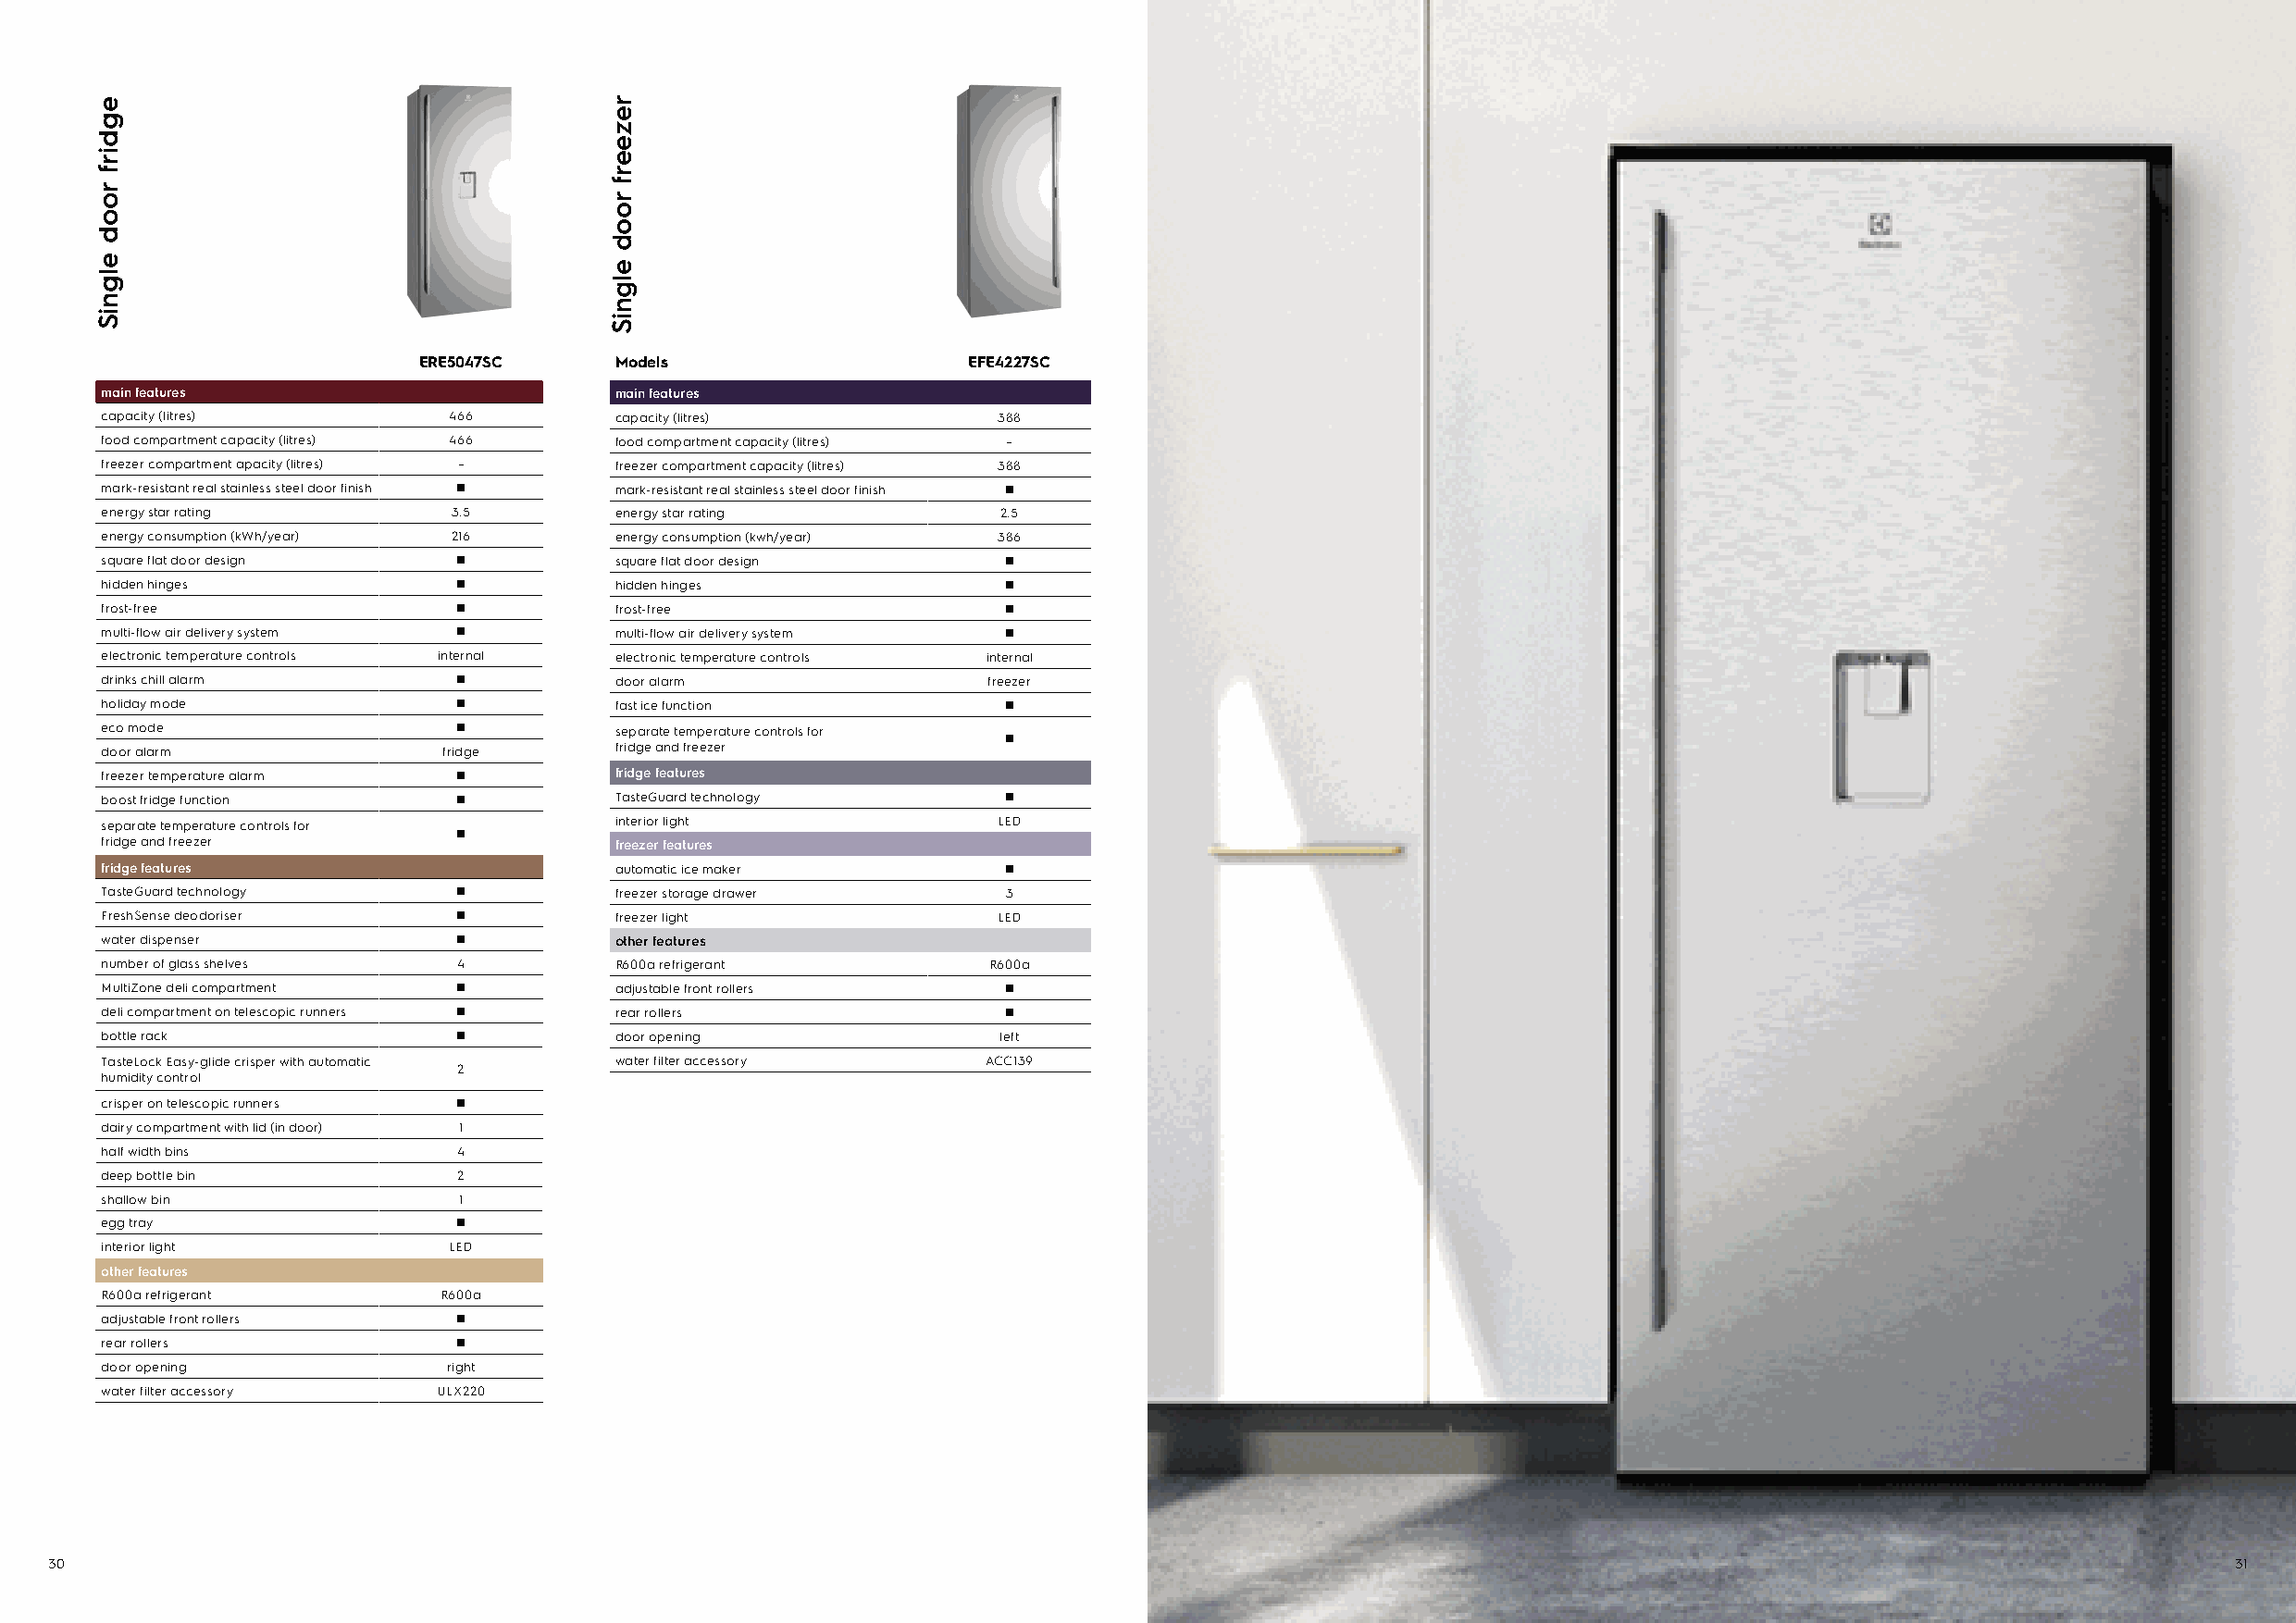
ERE5047SC     Models                   EFE4227SC
 main features                        main features
 capacity (litres)        466         capacity (litres)          388
 food compartment capacity (litres) 466 food compartment capacity (litres) –
 freezer compartment apacity (litres) – freezer compartment capacity (litres) 388
 mark-resistant real stainless steel door finish mark-resistant real stainless steel door finish
 energy star rating       3.5         energy star rating          2.5
 energy consumption (kWh/year) 216    energy consumption (kwh/year) 386
 square flat door design              square flat door design
 hidden hinges                        hidden hinges
 frost-free                           frost-free
 multi-flow air delivery system       multi-flow air delivery system
 electronic temperature controls internal electronic temperature controls internal
 drinks chill alarm                   door alarm                 freezer
 holiday mode                         fast ice function
 eco mode                             separate temperature controls for
 door alarm               fridge      fridge and freezer
 freezer temperature alarm            fridge features
 boost fridge function                TasteGuard technology
 separate temperature controls for    interior light             LED
 fridge and freezer                   freezer features
 fridge features                      automatic ice maker
 TasteGuard technology                freezer storage drawer      3
 FreshSense deodoriser                freezer light              LED
 water dispenser                      other features
 number of glass shelves   4          R600a refrigerant          R600a
 MultiZone deli compartment           adjustable front rollers
 deli compartment on telescopic runners rear rollers
 bottle rack                          door opening                left
 TasteLock Easy-glide crisper with automatic water filter accessory ACC139
 2
 humidity control
 crisper on telescopic runners
 dairy compartment with lid (in door) 1
 half width bins           4
 deep bottle bin           2
 shallow bin               1
 egg tray
 interior light           LED
 other features
 R600a refrigerant        R600a
 adjustable front rollers
 rear rollers
 door opening             right
 water filter accessory  ULX220
 30                                                                                                                                                           31
 egdirf
 rood
 elgniS
 rezeerf
 rood
 elgniS